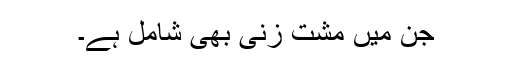
جن میں مشت زنی بھی شامل ہے۔